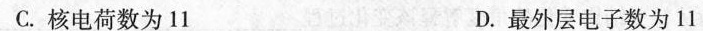
C.核电荷数为11 D.最外层电子数为11